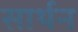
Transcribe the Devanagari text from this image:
सार्थन